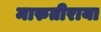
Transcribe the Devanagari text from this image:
मारुतीराया